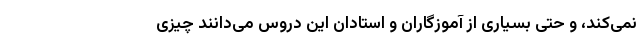
نمی‌کند، و حتی بسیاری از آموزگاران و استادان این دروس می‌دانند چیزی